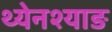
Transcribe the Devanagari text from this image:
थ्येनश्याङ